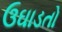
ઉઘાડતો